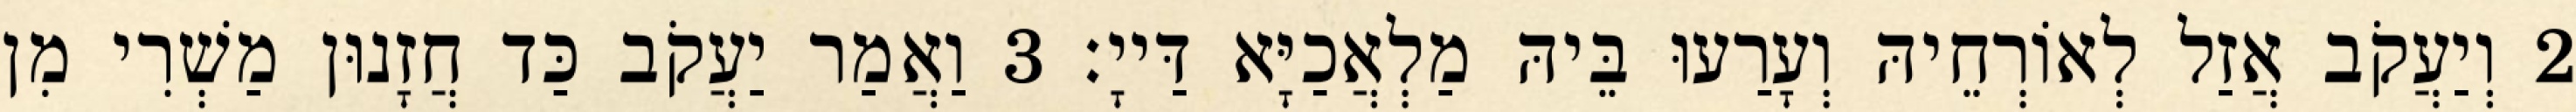
2 וְיַעֲקֹב אֲזַל לְאוֹרְחֵיהּ וְעָרַעוּ בֵּיהּ מַלְאֲכַיָּא דַּייָ׃ 3 וַאֲמַר יַעֲקֹב כַּד חֲזָנוּן מַשְׁרִי מִן